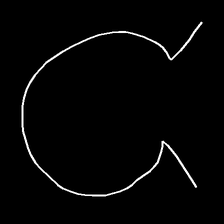
Glyph: weave